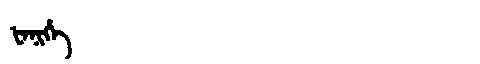
Manchu: ᡶᡝᠨᡳᡥᡝ
Romanization: FENIHE